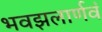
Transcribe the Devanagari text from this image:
भवझलार्णवं